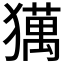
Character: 𤢥